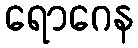
ရောဂေန